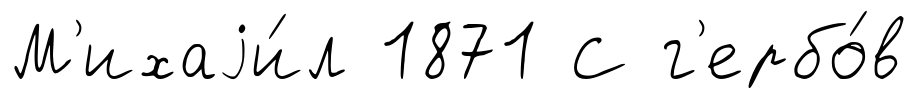
М'ихаjи́л 1871 С г'ербо́в